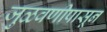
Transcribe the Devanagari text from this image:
जुळवणीपासून